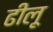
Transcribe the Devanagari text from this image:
ढीलू